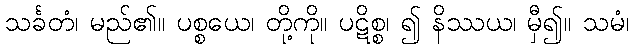
သင်္ခတံ၊ မည်၏။ ပစ္စယေ၊ တို့ကို။ ပဋိစ္စ၊ ၍ နိဿယ၊ မှီ၍။ သမံ၊